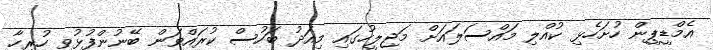
އެމްޑީޕީން ހުށަހެޅި ކުއްލި މައްސަލައަށް މަޖިލީހުގައި މިއަދު ބަހުސް ކުރައްވަން ބޭނުންފުޅުވި ހުރިހާ